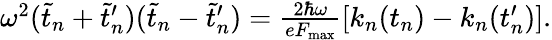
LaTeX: \begin{array}{r}{\omega^{2}(\tilde{t}_{n}+\tilde{t}_{n}^{\prime})(\tilde{t}_{n}-\tilde{t}_{n}^{\prime})=\frac{2\hbar\omega}{eF_{\mathrm{max}}}[k_{n}(t_{n})-k_{n}(t_{n}^{\prime})].}\end{array}